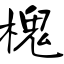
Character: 槐